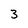
Character: 3